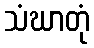
သံဃာတုံ